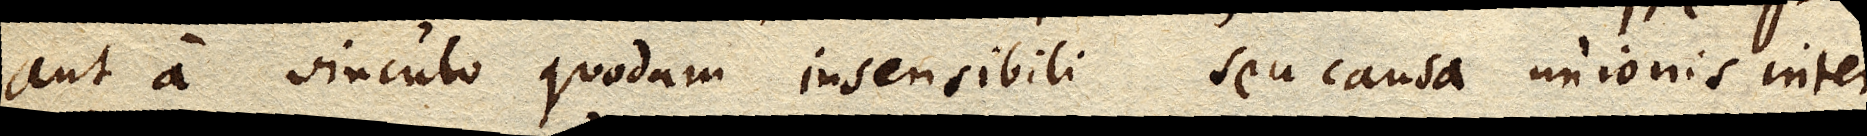
aut a vinculo quodam insensibili seu causa unionis inter